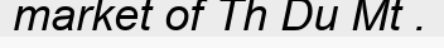
market of Th Du Mt .